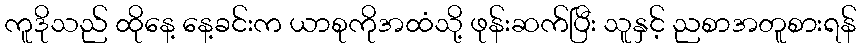
ကူဒိုသည် ထိုနေ့ နေ့ခင်းက ယာစုကိုအထံသို့ ဖုန်းဆက်ပြီး သူနှင့် ညစာအတူစားရန်